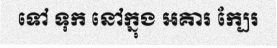
ទៅ ទុក នៅក្នុង អគារ ក្បែរ